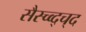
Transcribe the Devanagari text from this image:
सैस्च्व्द्च्द